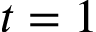
t = 1